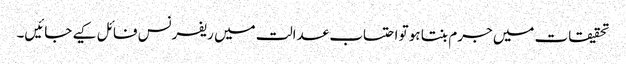
تحقیقات میں جرم بنتا ہو تو احتساب عدالت میں ریفرنس فائل کیے جائیں۔